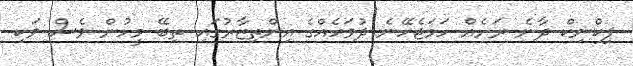
ޕިކްނިކް ދާނެ ރަށެއް ހަމަޖެހޭނެ ދުވަހެއްގެ އިންތިޒާރުގައި ތިބޭ މީހުން ވެސް ވަކި